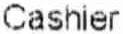
CASHIER